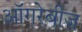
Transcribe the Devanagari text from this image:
ऑगरेबीज़